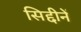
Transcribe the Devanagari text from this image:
सिद्दीनें